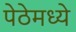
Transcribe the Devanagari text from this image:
पेठेमध्ये